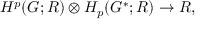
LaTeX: H ^ { p } ( { \cal G } ; R ) \otimes H _ { p } ( { \cal G } ^ { * } ; R ) \rightarrow R ,